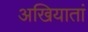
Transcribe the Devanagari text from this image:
अखियातां